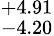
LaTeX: ^{+4.91}_{-4.20}